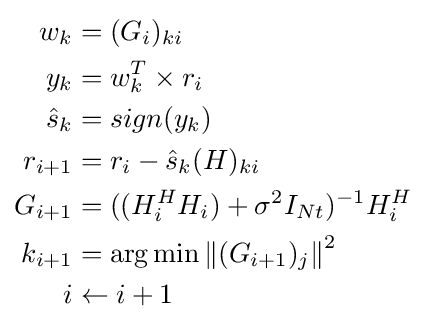
{\begin{aligned}w_{k}&=(G_{i})_{ki}\\y_{k}&=w_{k}^{T}\times r_{i}\\{\hat {s}}_{k}&=sign(y_{k})\\r_{i+1}&=r_{i}-{\hat {s}}_{k}(H)_{ki}\\G_{i+1}&=((H_{i}^{H}H_{i})+\sigma ^{2}I_{Nt})^{-1}H_{i}^{H}\\k_{i+1}&=\arg \min \left\|(G_{i+1})_{j}\right\|^{2}\\i&\leftarrow i+1\end{aligned}}